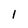
Character: I